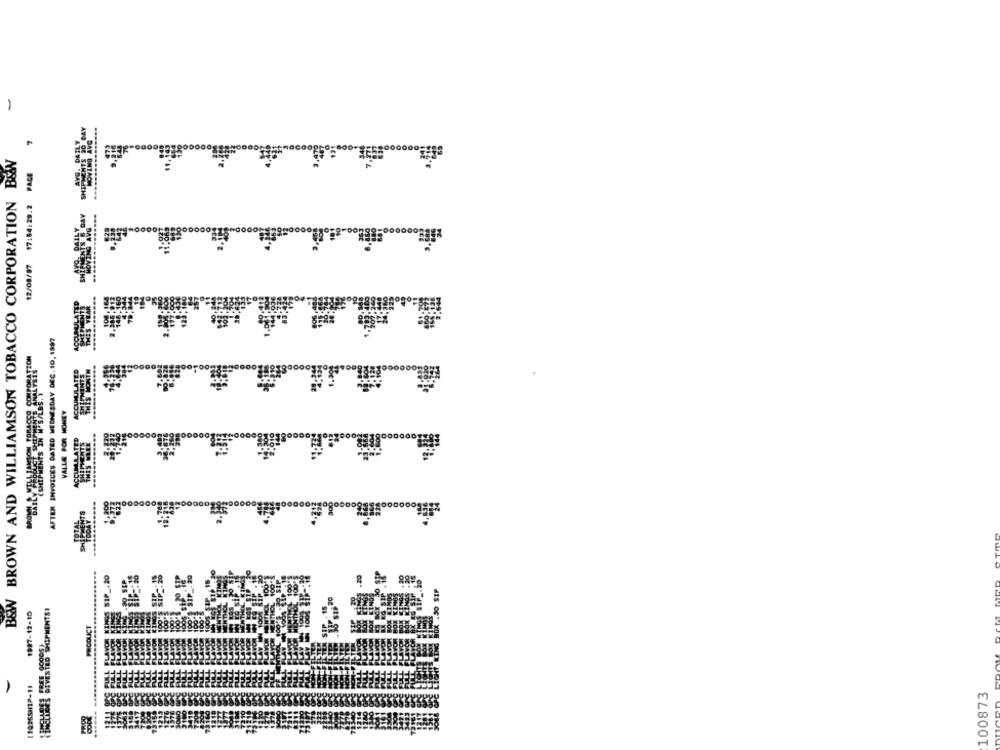
HIPMENTS 30 BAY
AVG. DAILY
MOVING AVG
B&N
17:54:29.2 PAGE
BROWN AND WILLIAMSON TOBACCO CORPORATION
PMENTS 6 DAY
DAILY
MOVING AVG
12/08/97
SHIP
AFTER INVOICES DATED WEDNESDAY DEC. 10, 1997
ACCUMULATED
THIS WORTH
(SHIPMENTS IN M'S/LBS. )
BROWN & WILLIAMSON TORACCO
VALLE FOR MONEY
SULLATED
SHIPMENTS
THIS FREE
SIP _. 20
SEP
B&W
STRO SHIPMENTS!
1987-12-10
[10365HIP-11
100873
......